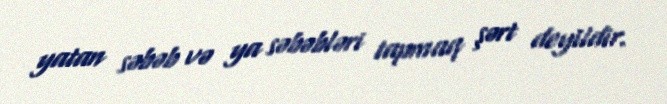
yatan səbəb və ya səbəbləri tapmaq şərt deyildir.